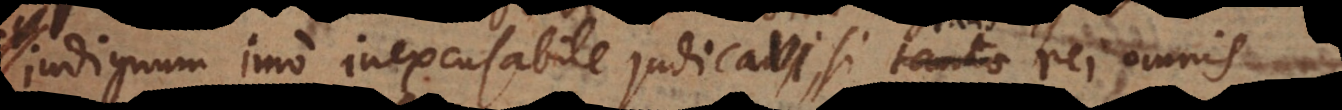
indignum imo inexcusabile judicavi, si talis rei omnis